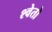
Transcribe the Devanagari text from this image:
श्‍वेतो